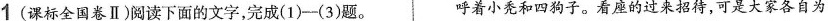
1 (课标全国卷Ⅱ)阅读下面的文字，完成(1)——(3)题。 呼着小秃和四狗子。看座的过来招待，可是大家各自为